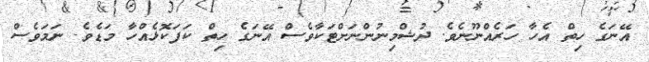
އޭނަގެ ހިތް އެހާ ހަރެއްނޫނެވެ. ދުޝްމިނުންނަށްޓަކާވެސް އޭނަގެ ހިތް ކަފަކޮޅެއްހާ މަޑެވެ. ނަމަވެސް